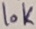
Text: 10K